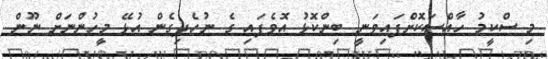
މި ސްކީމު ހާއްސަކޮށްފައިވަނީ ބިންކޮޅު އޮވެފައި ގެ ނުހެދިގެން އުޅޭ މީހުންނަށް ނޫން